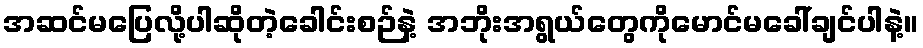
အဆင်မပြေလို့ပါဆိုတဲ့ခေါင်းစဉ်နဲ့ အဘိုးအရွယ်တွေကိုမောင်မခေါ်ချင်ပါနဲ့။